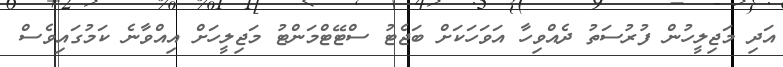
އަދި މަޖިލީހުން ފުރުސަތު ދެއްވިހާ އަވަހަކަށް ބަޖެޓު ސްޓޭޓްމަންޓު މަޖިލީހަށް އިއްވާނެ ކަމުގައިވެސް